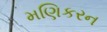
મણિકરન